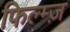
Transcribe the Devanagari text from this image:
फिल्म्ज़